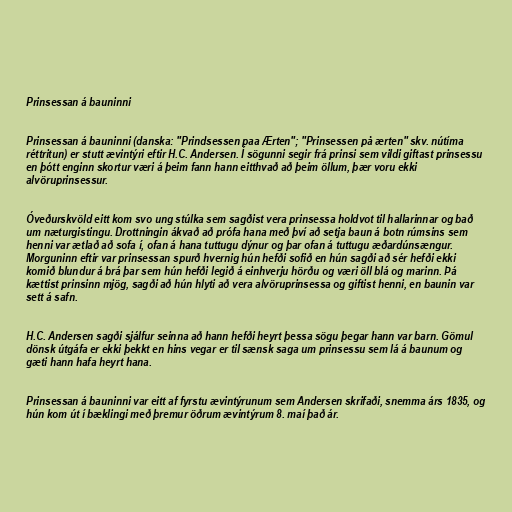
Prinsessan á bauninni

Prinsessan á bauninni (danska: "Prindsessen paa Ærten"; "Prinsessen på ærten" skv. nútíma
réttritun) er stutt ævintýri eftir H.C. Andersen. Í sögunni segir frá prinsi sem vildi giftast prinsessu
en þótt enginn skortur væri á þeim fann hann eitthvað að þeim öllum, þær voru ekki
alvöruprinsessur.

Óveðurskvöld eitt kom svo ung stúlka sem sagðist vera prinsessa holdvot til hallarinnar og bað
um næturgistingu. Drottningin ákvað að prófa hana með því að setja baun á botn rúmsins sem
henni var ætlað að sofa í, ofan á hana tuttugu dýnur og þar ofan á tuttugu æðardúnsængur.
Morguninn eftir var prinsessan spurð hvernig hún hefði sofið en hún sagði að sér hefði ekki
komið blundur á brá þar sem hún hefði legið á einhverju hörðu og væri öll blá og marinn. Þá
kættist prinsinn mjög, sagði að hún hlyti að vera alvöruprinsessa og giftist henni, en baunin var
sett á safn.

H.C. Andersen sagði sjálfur seinna að hann hefði heyrt þessa sögu þegar hann var barn. Gömul
dönsk útgáfa er ekki þekkt en hins vegar er til sænsk saga um prinsessu sem lá á baunum og
gæti hann hafa heyrt hana.

Prinsessan á bauninni var eitt af fyrstu ævintýrunum sem Andersen skrifaði, snemma árs 1835, og
hún kom út í bæklingi með þremur öðrum ævintýrum 8. maí það ár.